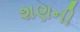
શણની